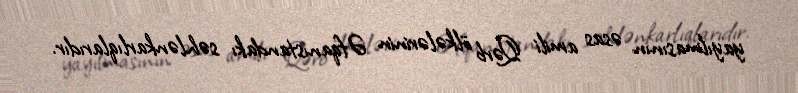
yayılmasının əsas amili Qərb ölkələrinin Əfqanıstandakı səhlənkarlıqlarıdır.